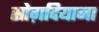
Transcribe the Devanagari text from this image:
सोग़दियाना